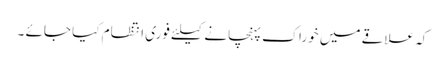
کہ علاقے میں خوراک پہنچانے کیلئے فوری انتظام کیا جائے ۔